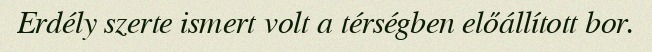
Erdély szerte ismert volt a térségben előállított bor.